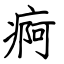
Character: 痾